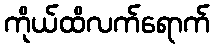
ကိုယ်ထိလက်ရောက်